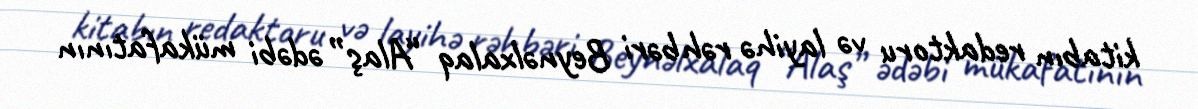
kitabın redaktoru və layihə rəhbəri Beynəlxalaq “Alaş” ədəbi mükafatının